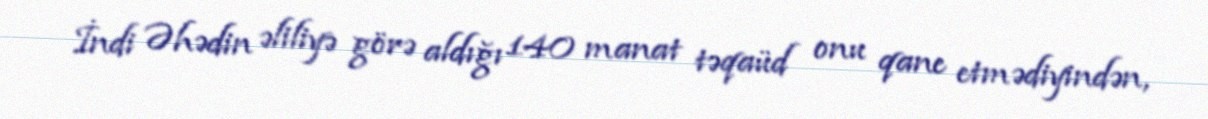
İndi Əhədin əliliyə görə aldığı 140 manat təqaüd onu qane etmədiyindən,